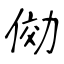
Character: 俲